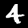
Label: 4